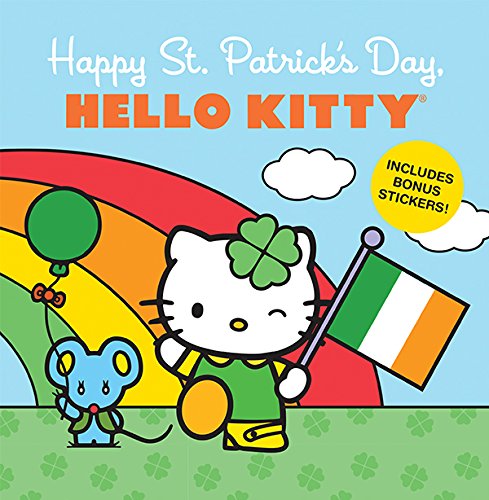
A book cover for Happy St. Patrick's Day, Hello Kitty; LTD. Sanrio Company; Children's Books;